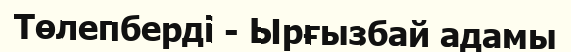
Төлепберді - Ырғызбай адамы